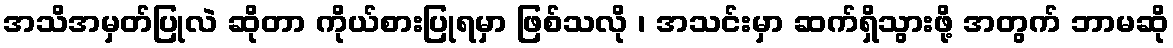
အသိအမှတ်ပြုလဲ ဆိုတာ ကိုယ်စားပြုရမှာ ဖြစ်သလို ၊ အသင်းမှာ ဆက်ရှိသွားဖို့ အတွက် ဘာမဆို